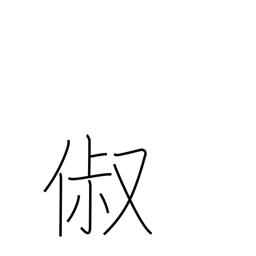
Meaning: good